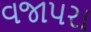
વજાપરા